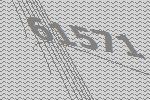
61571